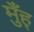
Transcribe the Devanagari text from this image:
मुँह्